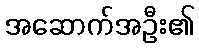
အဆောက်အဦး၏